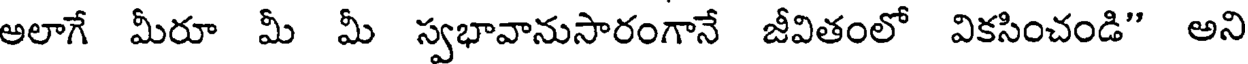
అలాగే మీరూ మీ మీ స్వభావానుసారంగానే జీవితంలో వికసించండి" అని